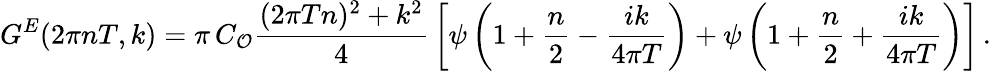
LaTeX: G^{E}(2\pi nT,k)=\pi\, C_{\cal{O}}{\frac{(2\pi Tn)^{2}+k^{2}}{4}}\left[\psi\left(1+{\frac{n}{2}}-{\frac{ik}{4\pi T}}\right)+\psi\left(1+{\frac{n}{2}}+{\frac{ik}{4\pi T}}\right)\right]\, .